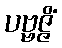
ပဗ္ဗဇ္ဇိံ